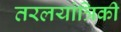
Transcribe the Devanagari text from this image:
तरलयांत्रिकी